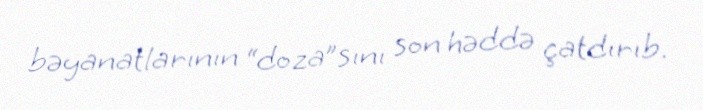
bəyanatlarının “doza”sını son həddə çatdırıb.